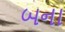
બના